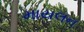
માયલન